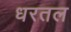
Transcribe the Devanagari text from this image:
धरतल